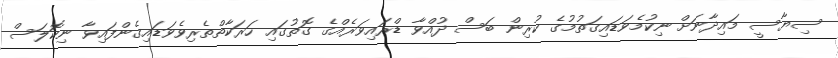
ސިޔާސީ މައިދާނަށް ނިކުމެވަޑައިގަތުމުގެ ކުރިން ބަސް ދުއްވާ ޑްރައިވަރެއްގެ ގޮތުގައި ހަރަކާތްތެރިވެވަޑައިގެންފައިވާ ނިކޮލަސް